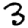
Digit: 3